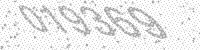
Solution: 019369